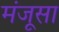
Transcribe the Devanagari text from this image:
मंजूसा